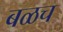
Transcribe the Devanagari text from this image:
बळच